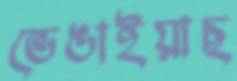
ভেঙাইয়াছ